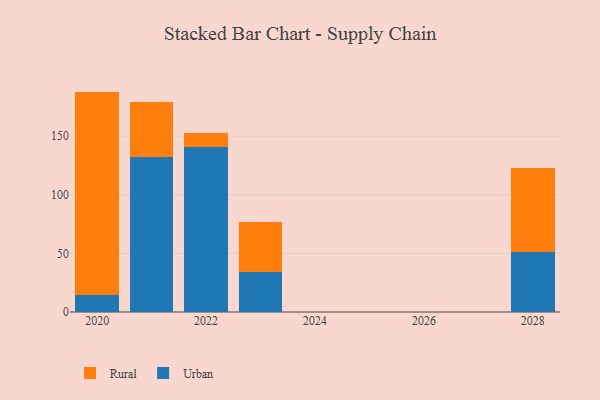
{"axis": {"x": "Year", "y": "Operating Costs (USD K)"}, "legend": ["Rural", "Urban"], "data": [{"x": "2021", "y": 132.0, "type": "Urban"}, {"x": "2021", "y": 47.6, "type": "Rural"}, {"x": "2022", "y": 140.9, "type": "Urban"}, {"x": "2022", "y": 11.7, "type": "Rural"}, {"x": "2020", "y": 14.7, "type": "Urban"}, {"x": "2020", "y": 173.4, "type": "Rural"}, {"x": "2028", "y": 51.4, "type": "Urban"}, {"x": "2028", "y": 71.9, "type": "Rural"}, {"x": "2023", "y": 34.0, "type": "Urban"}, {"x": "2023", "y": 43.0, "type": "Rural"}]}